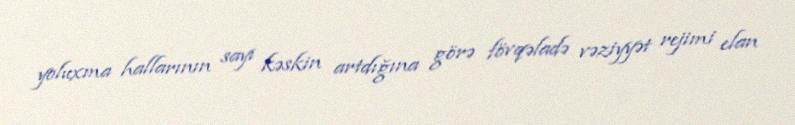
yoluxma hallarının sayı kəskin artdığına görə fövqəladə vəziyyət rejimi elan